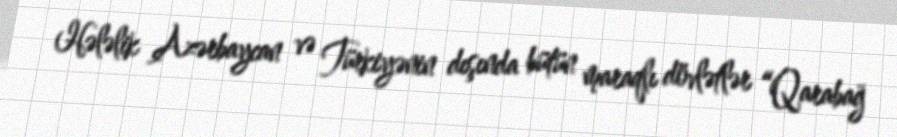
Hələlik Azərbaycan və Türkiyənin dışında bütün maraqlı dövlətlər “Qarabağ